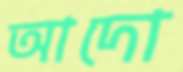
আদো